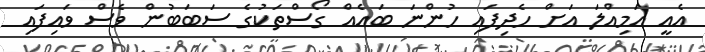
އެއީ އަމިއްލަ އަށް ހެދިފައި ހުންނަ ބައެއް ގޯސްތަކުގެ ސަބަބުން ވެސް ވައިފައި